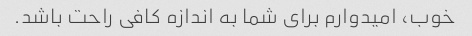
خوب، امیدوارم برای شما به اندازه کافی راحت باشد.